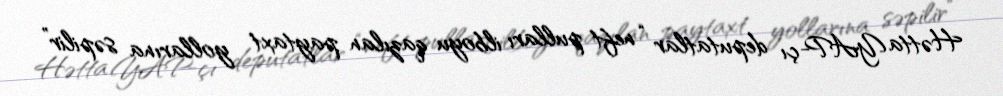
Hətta YAP-çı deputatlar “neft pulları ilboyu qazılan paytaxt yollarına səpilir”